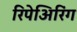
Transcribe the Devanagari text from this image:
रिपेअिरिंग